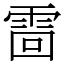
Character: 䨓